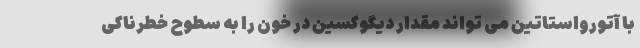
با آتورواستاتین می تواند مقدار دیگوکسین در خون را به سطوح خطرناکی